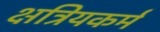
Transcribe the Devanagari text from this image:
क्षत्रियकर्म